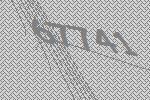
67741